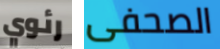
رئوي الصحفى